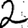
Digit: 2